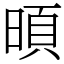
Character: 暊